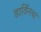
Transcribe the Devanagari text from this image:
डार्विंनचा